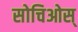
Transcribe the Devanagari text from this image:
सोचिओस्